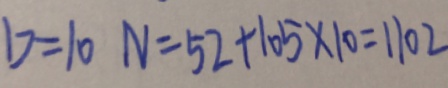
D = 1 0 N = 5 2 + 1 0 5 \times 1 0 = 1 1 0 2